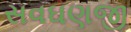
સવઘણજી